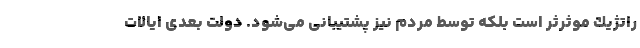
راتژیك موثرثر است بلكه توسط مردم نیز پشتیبانی می‌شود. دولت بعدی ایالات